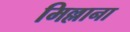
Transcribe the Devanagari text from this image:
मिल्लाना